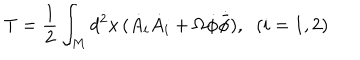
T = \frac { 1 } { 2 } \int _ { M } d ^ { 2 } x \, ( \dot { A } _ { i } \dot { A } _ { i } + \Omega \dot { \phi } \dot { { \bar { \phi } } } ) , \; \; ( i = 1 , 2 )